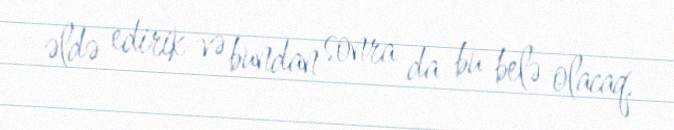
əldə edirik və bundan sonra da bu belə olacaq.